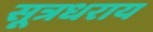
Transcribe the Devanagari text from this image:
सूत्रधराय